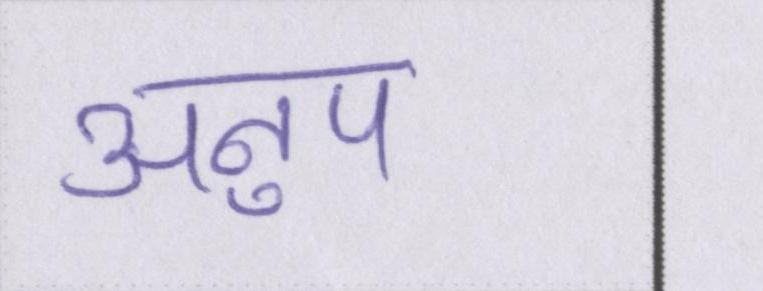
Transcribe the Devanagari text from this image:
अनुप